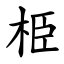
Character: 栕